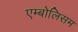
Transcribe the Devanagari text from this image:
एम्बोलिसम